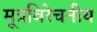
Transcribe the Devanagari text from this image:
मूत्रविरेचनीय